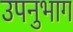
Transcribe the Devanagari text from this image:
उपनुभाग